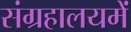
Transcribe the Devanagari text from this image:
संग्रहालयमें